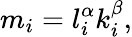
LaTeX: m_{i}=l_{i}^{\alpha}k_{i}^{\beta},